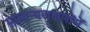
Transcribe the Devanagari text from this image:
सामान्यलक्षणोंमें